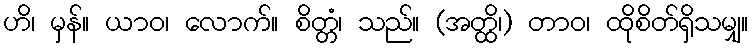
ဟိ၊ မှန်။ ယာဝ၊ လောက်။ စိတ္တံ၊ သည်။ (အတ္ထိ၊) တာဝ၊ ထိုစိတ်ရှိသမျှ။